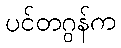
ပင်တဂွန်က